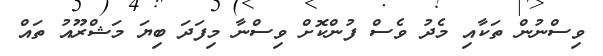
ވިސްނުން ތަކާއި މެދު ވެސް ފުންކޮށް ވިސްނާ މިފަދަ ބިޔަ މަޝްރޫއު ތައް